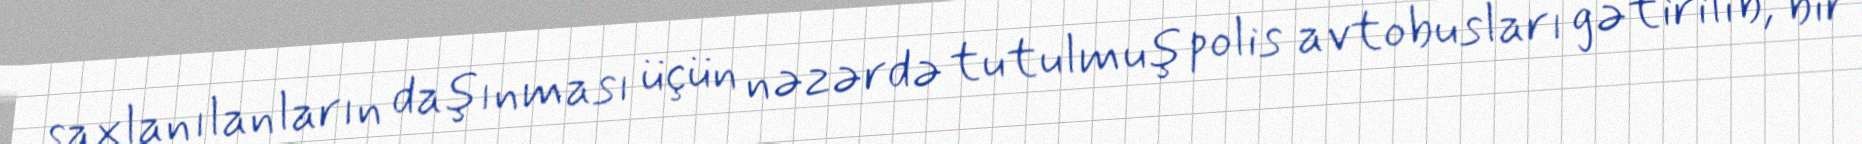
saxlanılanların daşınması üçün nəzərdə tutulmuş polis avtobusları gətirilib, bir